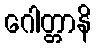
ဂေါတ္တာနိ